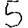
Digit: 5